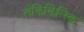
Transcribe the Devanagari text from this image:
लेझिझिन्स्कि